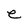
Character: e